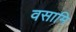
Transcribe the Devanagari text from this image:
वसामि